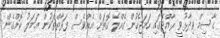
ގާސިމް ވިދާޅުވީ ރާއްޖޭގައި ހަމަޖެހުން ގެއްލޭ ގޮތަށް އެއްވެސް ފަރާތްތަކުން ޢަމަލު ކޮށްގެން